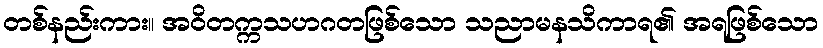
တစ်နည်းကား။ အဝိတက္ကသဟဂတဖြစ်သော သညာမနသိကာရ၏ အရဖြစ်သော